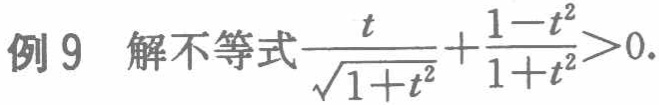
例9 解不等式$\frac{t}{\sqrt{1 + t^{2}}}+\frac{1 - t^{2}}{1 + t^{2}}>0$.